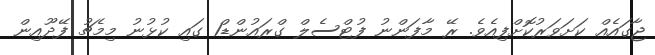
ޖާގައެއް ކަށަވަރުކޮށްފިއެވެ. ރޭ މާފަންނު ފުޓްސެލް ގްރައުންޑް1 ގައި ކުޅުނު މިމެޗު ފޭދޫއިން